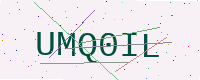
Text: UMQ0IL